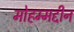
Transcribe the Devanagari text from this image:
मोहम्मद्दीन